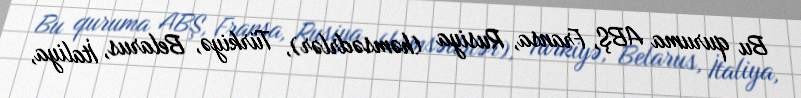
Bu quruma ABŞ, Fransa, Rusiya (həmsədrlər), Türkiyə, Belarus, İtaliya,